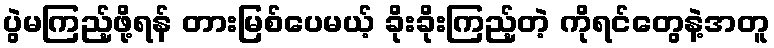
ပွဲမကြည့်ဖို့ရန် တားမြစ်ပေမယ့် ခိုးခိုးကြည့်တဲ့ ကိုရင်တွေနဲ့အတူ